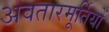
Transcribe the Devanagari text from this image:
अवतारमूर्तियों